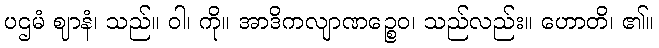
ပဌမံ ဈာနံ၊ သည်။ ဝါ၊ ကို။ အာဒိကလျာဏဉ္စေဝ၊ သည်လည်း။ ဟောတိ၊ ၏။